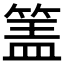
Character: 𰪅